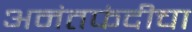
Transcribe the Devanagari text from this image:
अनंतफंदीचा